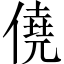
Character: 僥